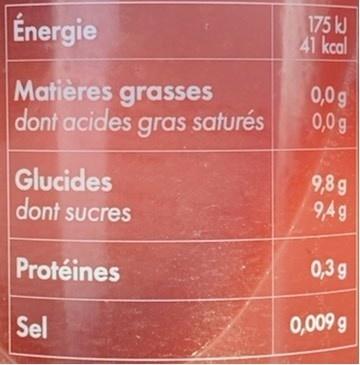
Énergie
175 kJ 41 kcal
Matières grasses dont acides gras saturés
0,0 g 0,0 g
Glucides dont sucres
9,8 g 94g
Protéines
0,3 g
Sel
0,009 g